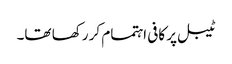
ٹیبل پر کافی اہتمام کر رکھا تھا۔